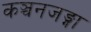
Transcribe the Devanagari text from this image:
कञ्चनजङ्गा